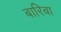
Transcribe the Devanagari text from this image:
बारिबा